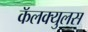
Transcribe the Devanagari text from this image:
कॅलक्युलस